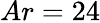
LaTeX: Ar=24